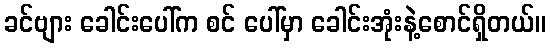
ခင်ဗျား ခေါင်းပေါ်က စင် ပေါ်မှာ ခေါင်းအုံးနဲ့စောင်ရှိတယ်။